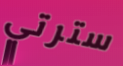
سترتي